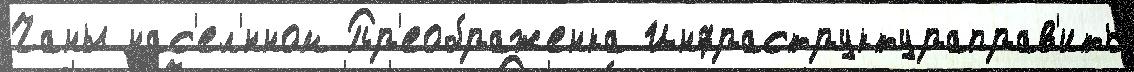
Чаны нас'ел'́нном Пр'еображенка Инфраструктураправ'ить